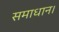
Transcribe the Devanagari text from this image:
समाधान।